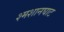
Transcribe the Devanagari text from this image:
श्मशानघाट